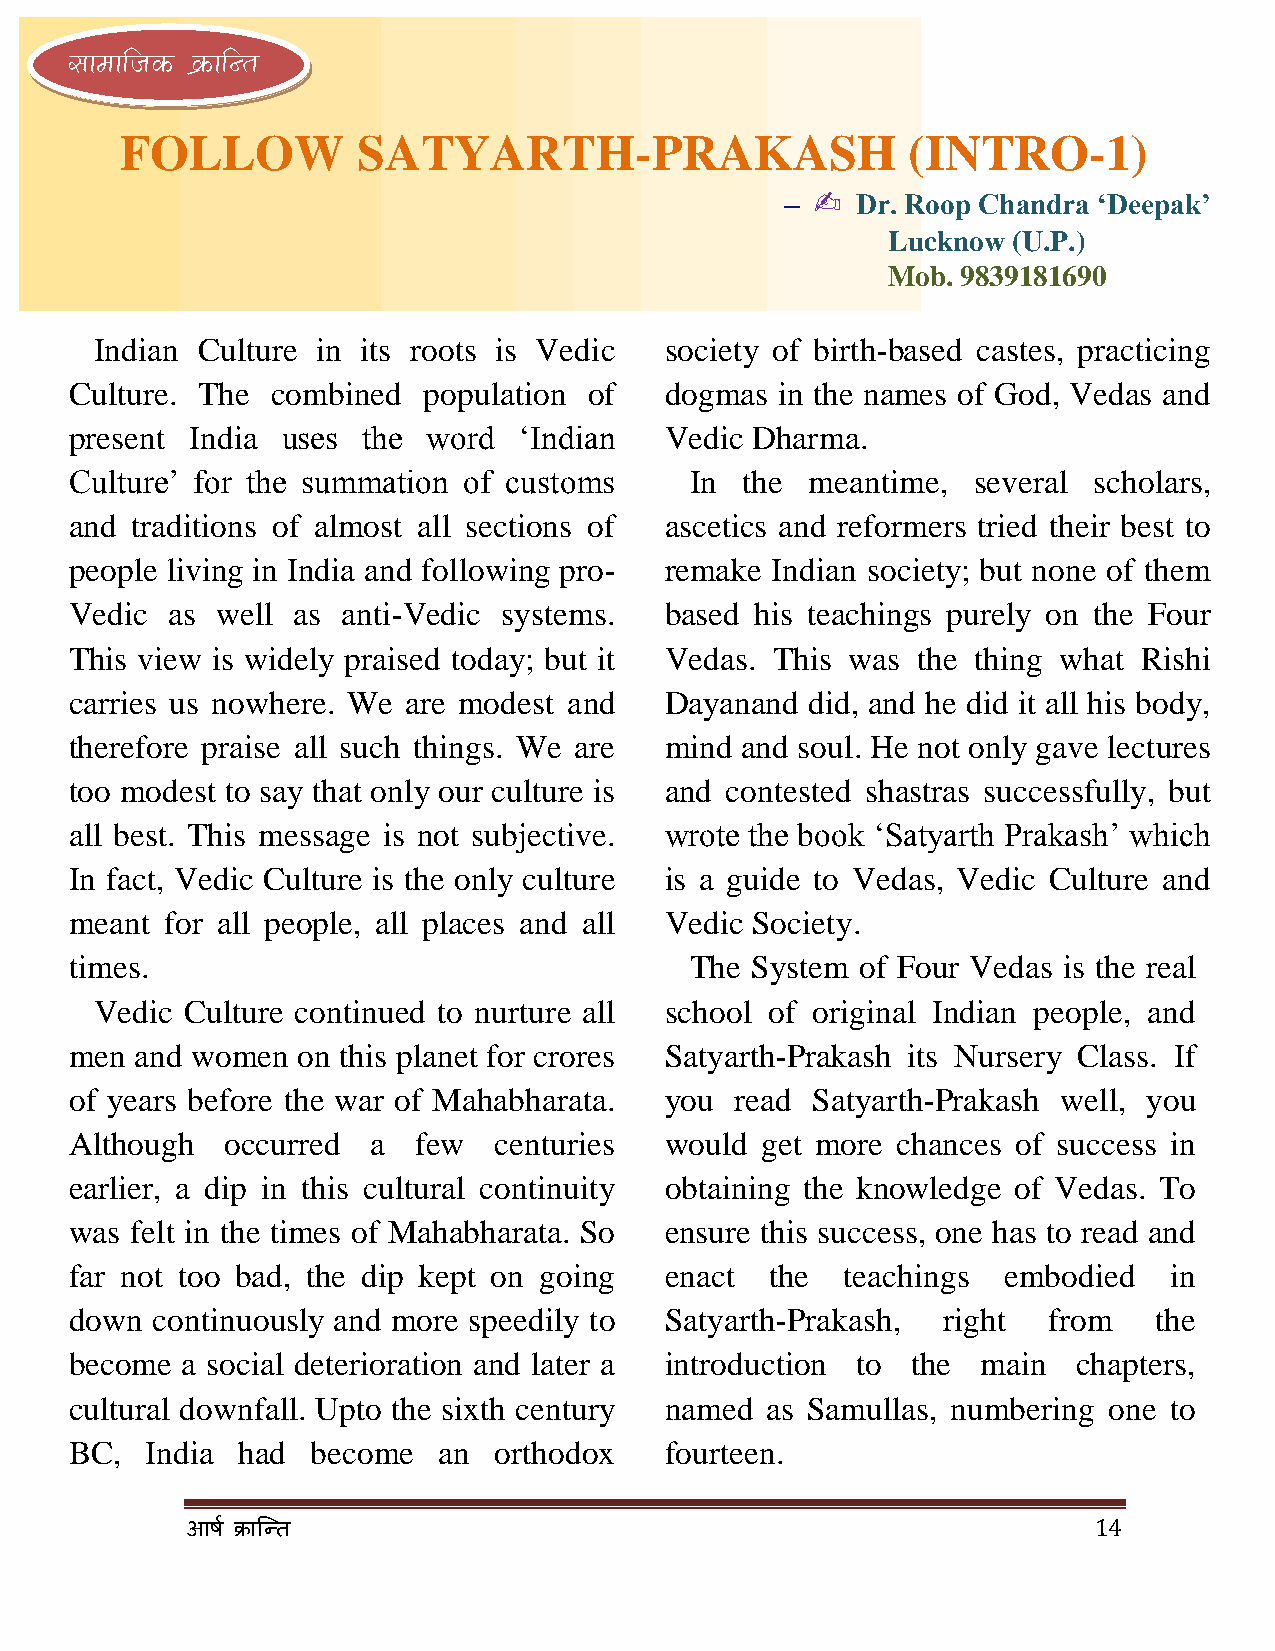
lkekftd ØkfUr
 FOLLOW          SATYARTH-PRAKASH                    (INTRO-1)
 & ✍  Dr. Roop Chandra ‘Deepak’
 Lucknow (U.P.)
 Mob. 9839181690
 Indian Culture in its roots is Vedic  society of birth-based castes, practicing
 Culture. The combined  population of   dogmas in the names of God, Vedas and
 present India uses the word  ‘Indian   Vedic Dharma.
 Culture’ for the summation of customs    In the  meantime, several scholars,
 and traditions of almost all sections of ascetics and reformers tried their best to
 people living in India and following pro- remake Indian society; but none of them
 Vedic as well as  anti-Vedic systems.  based his teachings purely on the Four
 This view is widely praised today; but it Vedas. This was the thing what Rishi
 carries us nowhere. We are modest and  Dayanand  did, and he did it all his body,
 therefore praise all such things. We are mind and soul. He not only gave lectures
 too modest to say that only our culture is and contested shastras successfully, but
 all best. This message is not subjective. wrote the book ‘Satyarth Prakash’ which
 In fact, Vedic Culture is the only culture is a guide to Vedas, Vedic Culture and
 meant for all people, all places and all Vedic Society.
 times.                                   The System of Four Vedas is the real
 Vedic Culture continued to nurture all school of original Indian people, and
 men and women  on this planet for crores Satyarth-Prakash its Nursery Class. If
 of years before the war of Mahabharata. you read Satyarth-Prakash well, you
 Although  occurred  a  few  centuries  would get more chances of success in
 earlier, a dip in this cultural continuity obtaining the knowledge of Vedas. To
 was felt in the times of Mahabharata. So ensure this success, one has to read and
 far not too bad, the dip kept on going enact  the  teachings  embodied  in
 down continuously and more speedily to Satyarth-Prakash, right  from   the
 become a social deterioration and later a introduction to the main chapters,
 cultural downfall. Upto the sixth century named as Samullas, numbering one to
 BC,  India had  become  an  orthodox   fourteen.
 14
 आर् ष क्रान्ति